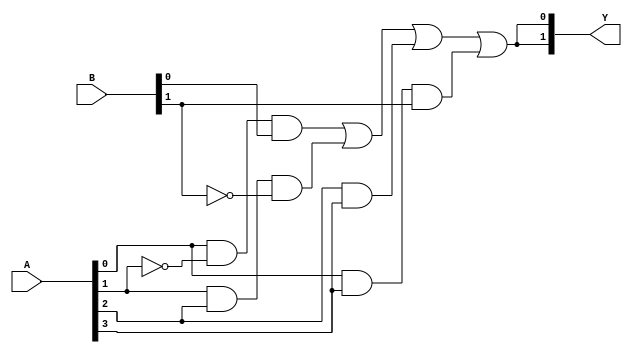
module GAL (
    input wire [N-1:0] A,      // N inputs
    input wire [M-1:0] B,      // M inputs (for feedback or additional logic)
    output wire [P-1:0] Y      // P outputs
);

// Parameters for the number of inputs, outputs, and product terms
parameter N = 4; // Number of inputs
parameter M = 2; // Number of additional inputs (feedback)
parameter P = 2; // Number of outputs
parameter T = 4; // Number of product terms

// Internal signals for the AND array
wire [T-1:0] and_out; // Outputs of the AND gates

// Programmable AND array
generate
    genvar i;
    for (i = 0; i < T; i = i + 1) begin : and_array
        // Example: Each AND gate can be programmed to take any combination of inputs
        assign and_out[i] = (A[0] & ~A[1] & B[0]) | // Example configuration
                            (A[1] & A[2] & ~B[1]) | // Another configuration
                            (A[2] & A[3]) | // Another configuration
                            (A[0] & A[3] & B[1]); // Another configuration
    end
endgenerate

// Internal signals for the OR array
wire [P-1:0] or_out; // Outputs of the OR gates

// Programmable OR array
assign or_out[0] = and_out[0] | and_out[1]; // Example configuration for output Y[0]
assign or_out[1] = and_out[2] | and_out[3]; // Example configuration for output Y[1]

// Assign final outputs
assign Y = or_out;

// Power and ground connections (not implemented in Verilog, but conceptually included)
wire VCC; // Power supply
wire GND; // Ground

endmodule